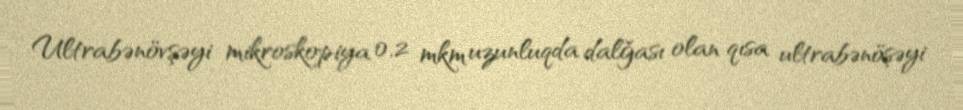
Ultrabənövşəyi mikroskopiya 0,2 mkm uzunluqda dalğası olan qısa ultrabənöşəyi